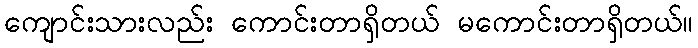
ကျောင်းသားလည်း ကောင်းတာရှိတယ် မကောင်းတာရှိတယ်။